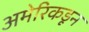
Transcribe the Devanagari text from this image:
अमेरिकडून